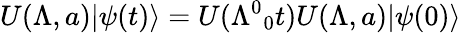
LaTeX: U(\Lambda,a)\vert\psi(t)\rangle=U(\Lambda^{0}{}_{0}t)U(\Lambda,a)\vert\psi(0)\rangle